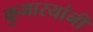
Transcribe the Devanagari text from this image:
कुमारयांनी